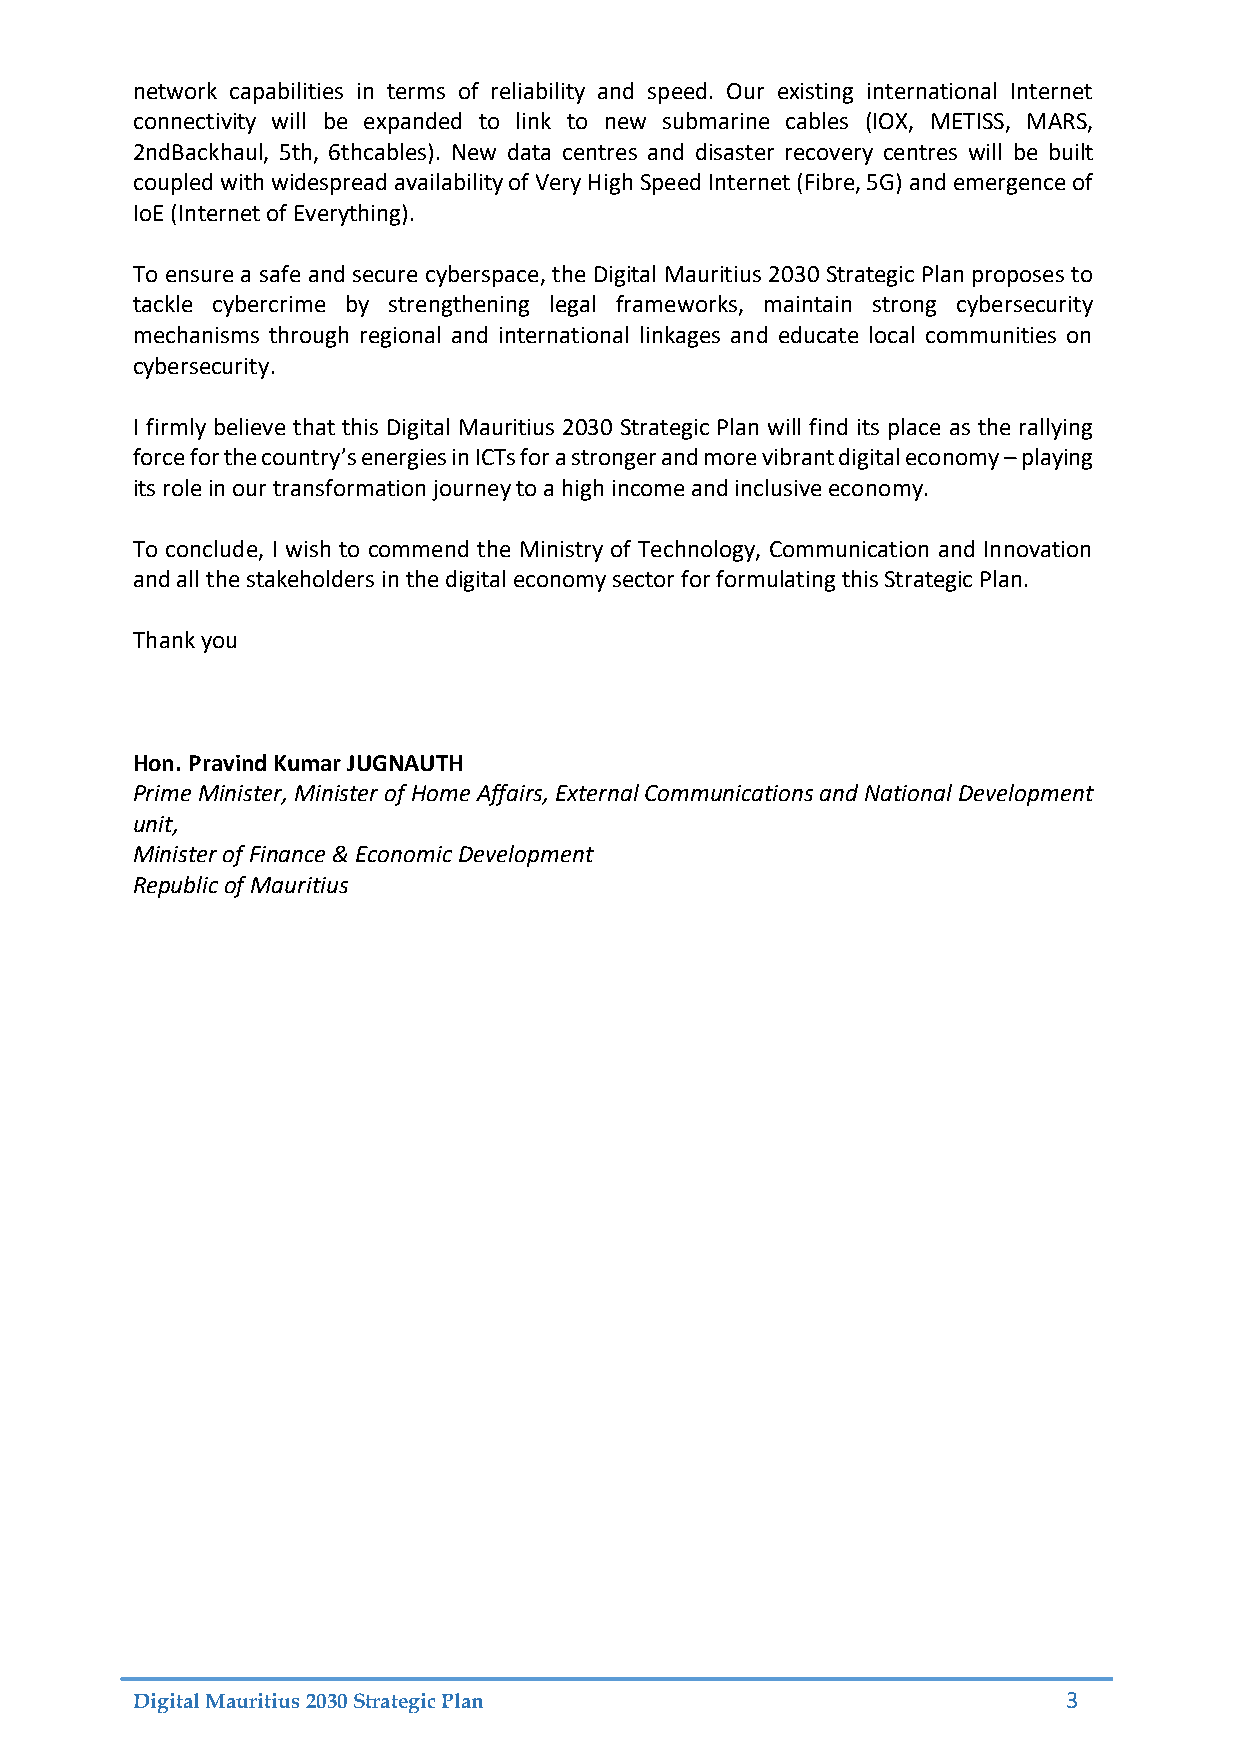
network capabilities in terms of reliability and speed. Our existing international Internet
 connectivity will be expanded to link to new submarine cables (IOX, METISS, MARS,
 2ndBackhaul, 5th, 6thcables). New data centres and disaster recovery centres will be built
 coupled with widespread availability of Very High Speed Internet (Fibre, 5G) and emergence of
 IoE (Internet of Everything).
 To ensure a safe and secure cyberspace, the Digital Mauritius 2030 Strategic Plan proposes to
 tackle cybercrime by strengthening legal frameworks, maintain strong cybersecurity
 mechanisms through regional and international linkages and educate local communities on
 cybersecurity.
 I firmly believe that this Digital Mauritius 2030 Strategic Plan will find its place as the rallying
 force for the country’s energies in ICTs for a stronger and more vibrant digital economy – playing
 its role in our transformation journey to a high income and inclusive economy.
 To conclude, I wish to commend the Ministry of Technology, Communication and Innovation
 and all the stakeholders in the digital economy sector for formulating this Strategic Plan.
 Thank you
 Hon. Pravind Kumar JUGNAUTH
 Prime Minister, Minister of Home Affairs, External Communications and National Development
 unit,
 Minister of Finance & Economic Development
 Republic of Mauritius
 Digital Mauritius 2030 Strategic Plan                         3